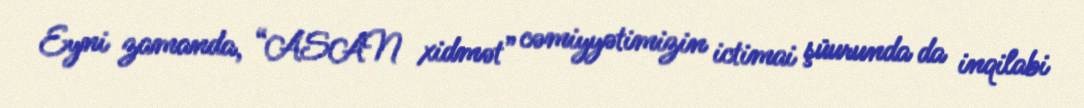
Eyni zamanda, “ASAN xidmət” cəmiyyətimizin ictimai şüurunda da inqilabi